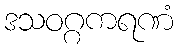
ဒသဝဂ္ဂကရဏံ